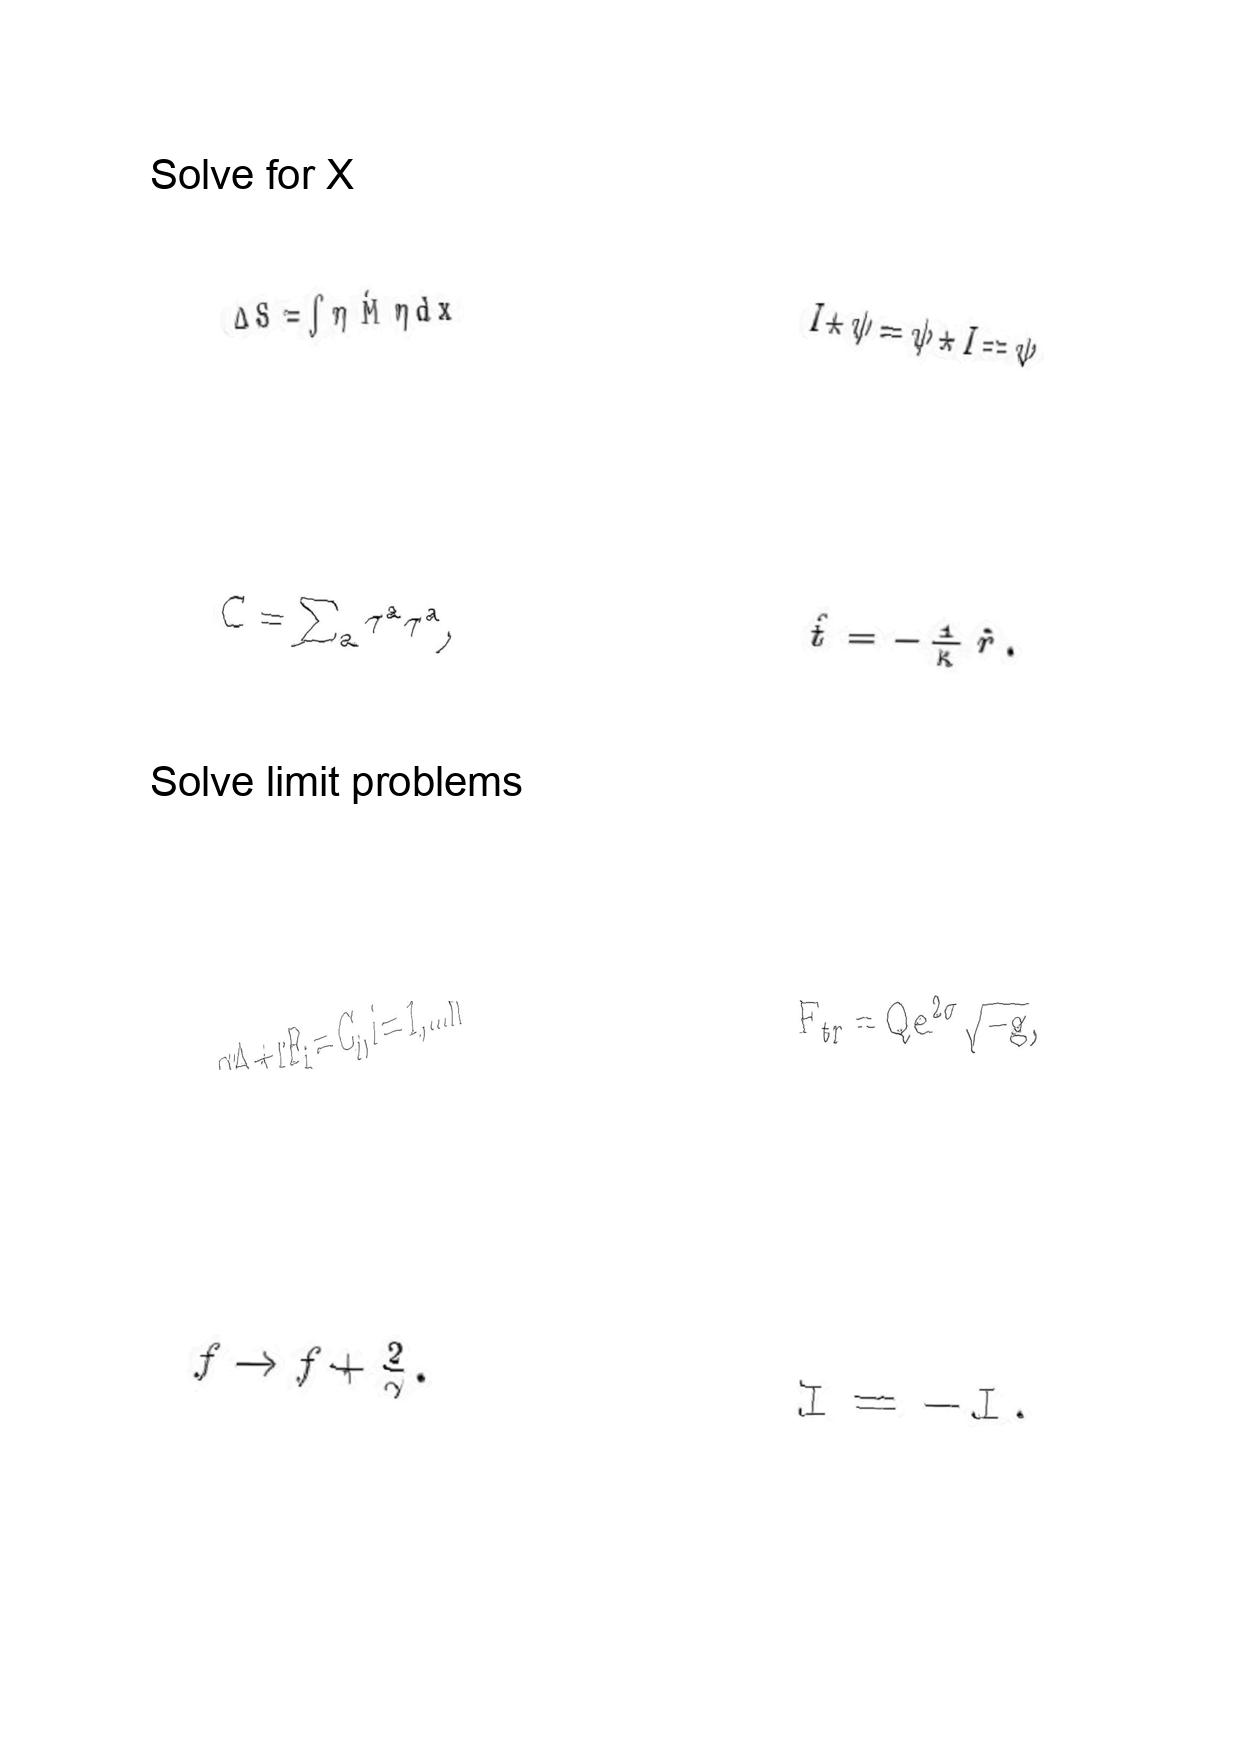
LaTeX transcription:
\Delta S = \int \eta \hat { M } \eta d x
C = \sum _ { a } \tau ^ { a } \tau ^ { a } ,
q A + r F _ { i } = C _ { i } , i = 1 , . . . n
f \rightarrow f + \frac { 2 } { \gamma } .
I \star \psi = \psi \star I = \psi
\hat { t } = - \frac { 1 } { \kappa } \hat { r } .
F _ { t r } = Q e ^ { 2 \sigma } \sqrt { - g } ,
I = - I .